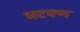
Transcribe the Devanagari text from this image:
भटपण